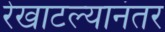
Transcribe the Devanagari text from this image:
रेखाटल्यानंतर